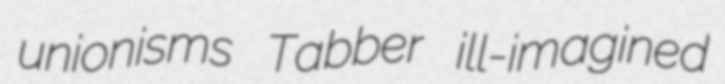
unionisms Tabber ill-imagined